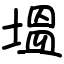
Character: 塭